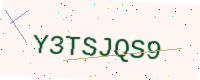
Text: Y3TSJQS9